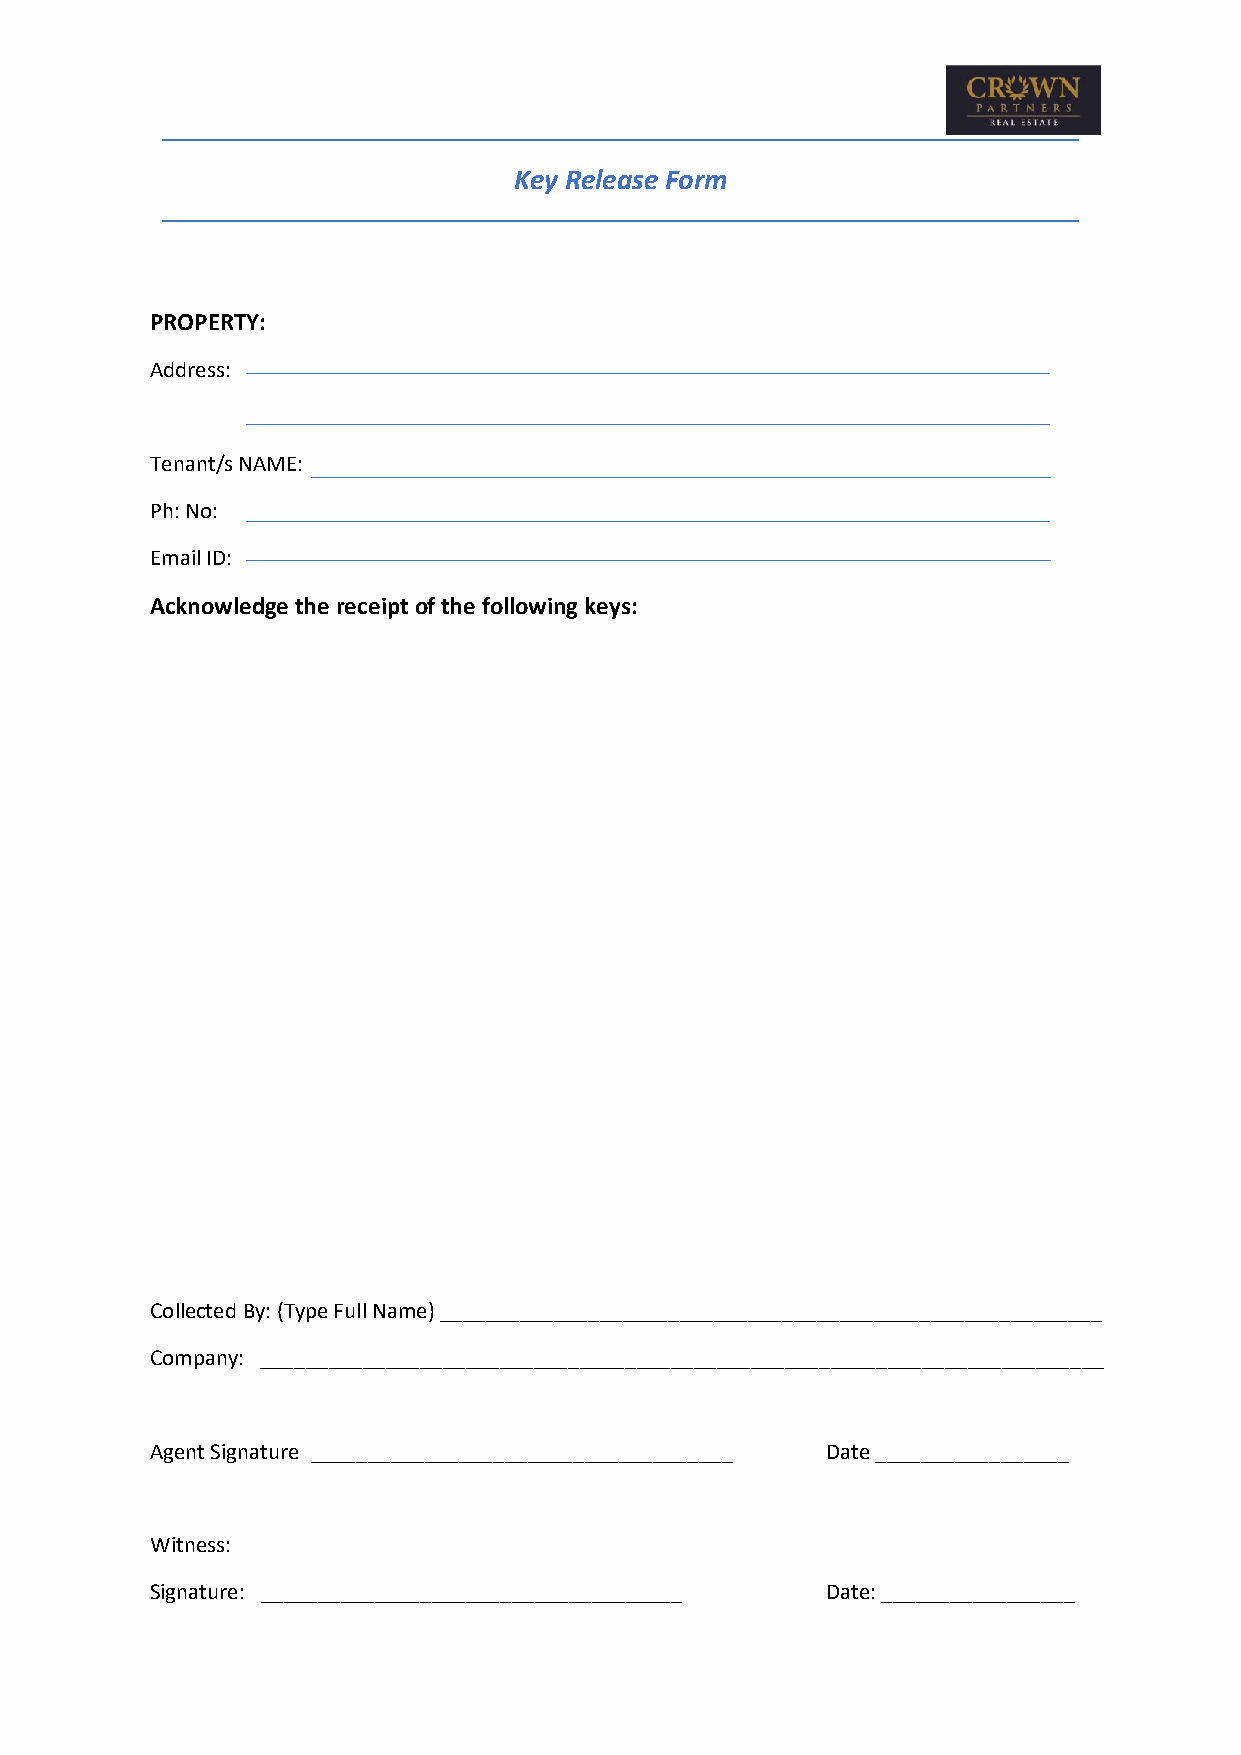
Key Release Form
 PROPERTY:
 Address:
 Tenant/s NAME:
 Ph: No:
 Email ID:
 Acknowledge the receipt of the following keys:
 Collected By: (Type Full Name) __________________________________________________________
 Company: __________________________________________________________________________
 Agent Signature _____________________________________ Date _________________
 Witness:
 Signature: _____________________________________ Date: _________________